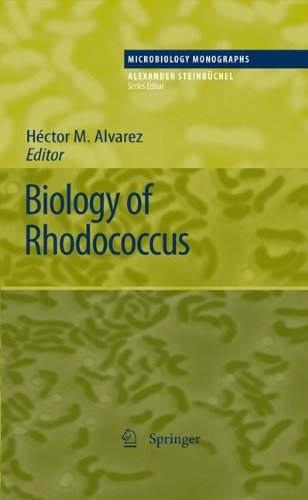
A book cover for Biology of Rhodococcus (Microbiology Monographs); Medical Books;